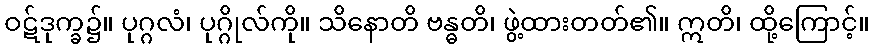
ဝဋ်ဒုက္ခ၌။ ပုဂ္ဂလံ၊ ပုဂ္ဂိုလ်ကို။ သိနောတိ ဗန္ဓတိ၊ ဖွဲ့ထားတတ်၏။ ဣတိ၊ ထို့ကြောင့်။